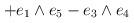
LaTeX: \begin{align*}+e_{1}\wedge e_{5}-e_{3}\wedge e_{4}\end{align*}